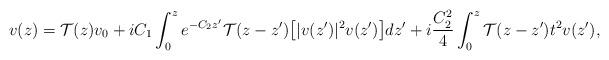
LaTeX: \begin{align*}v(z) = \mathcal{T}(z)v_0 + iC_1\int_0^z e^{-C_2 z^\prime}\mathcal{T}(z-z^\prime)\big[|v(z^\prime)|^2v(z^\prime)\big]dz^\prime + i\frac{C_2^2}{4}\int_0^z\mathcal{T}(z-z^\prime)t^2v(z^\prime),\end{align*}